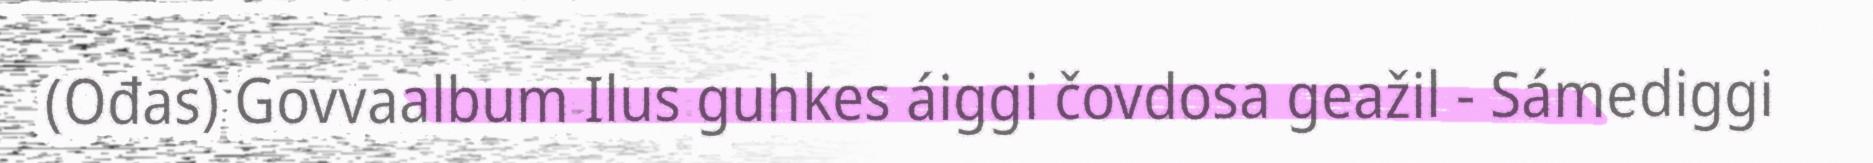
(Ođas) Govvaalbum Ilus guhkes áiggi čovdosa geažil - Sámediggi